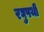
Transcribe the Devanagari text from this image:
रघुपथी